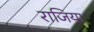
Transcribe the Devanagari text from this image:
राजिया